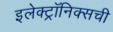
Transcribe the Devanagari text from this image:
इलेक्ट्रॉनिक्सची